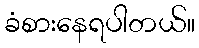
ခံစားနေရပါတယ်။